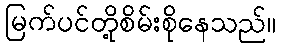
မြက်ပင်တို့စိမ်းစိုနေသည်။